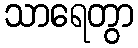
သာရေတွာ